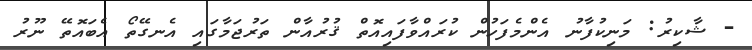
- ޝާކިރު: މަނިކުފާނު އެންމެފަހުން ކުރައްވާފައިއޮތް ޤުރުއާން ތަރުޖަމާގައި އެނގޭތޯ އެބައޮތޭ ނޫރު